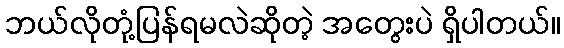
ဘယ်လိုတုံ့ပြန်ရမလဲဆိုတဲ့ အတွေးပဲ ရှိပါတယ်။